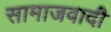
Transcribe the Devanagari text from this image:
सामाजवादी